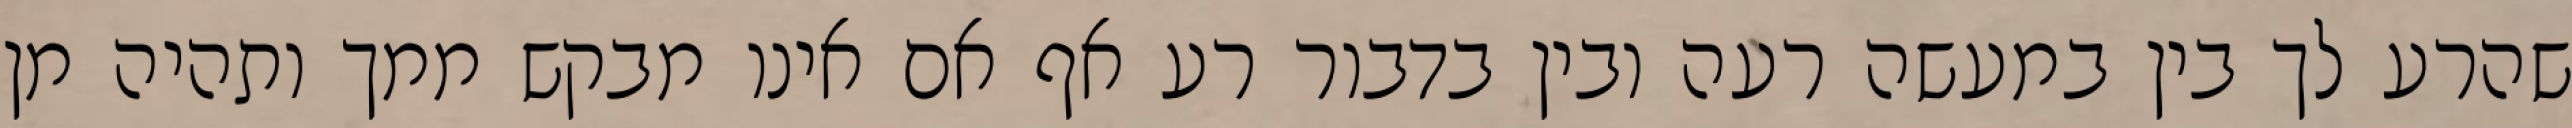
שהרע לך בין במעשה רעה ובין בדבור רע אף אם אינו מבקש ממך ותהיה מן